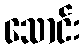
သောင်း